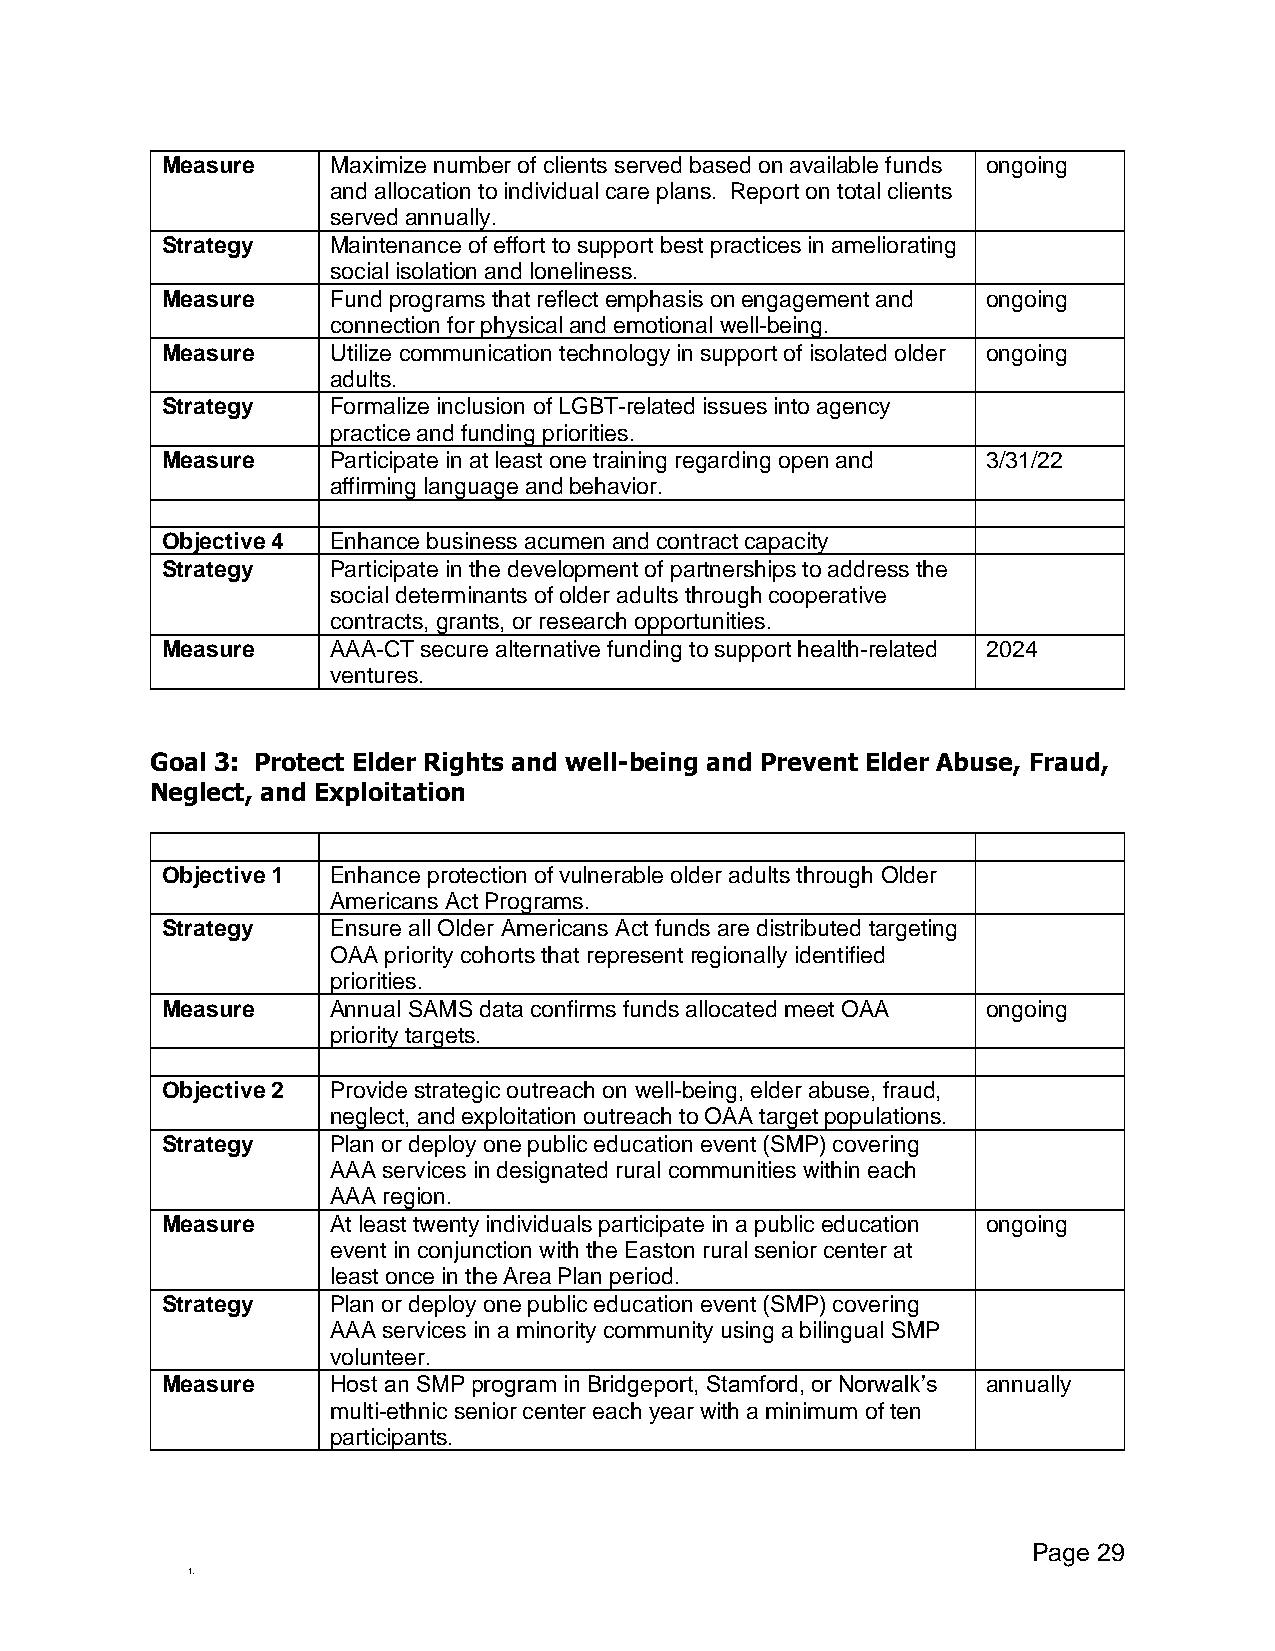
Measure    Maximize number of clients served based on available funds ongoing
 and allocation to individual care plans. Report on total clients
 served annually.
 Strategy   Maintenance of effort to support best practices in ameliorating
 social isolation and loneliness.
 Measure    Fund programs that reflect emphasis on engagement and ongoing
 connection for physical and emotional well-being.
 Measure    Utilize communication technology in support of isolated older ongoing
 adults.
 Strategy   Formalize inclusion of LGBT-related issues into agency
 practice and funding priorities.
 Measure    Participate in at least one training regarding open and 3/31/22
 affirming language and behavior.
 Objective 4 Enhance business acumen and contract capacity
 Strategy   Participate in the development of partnerships to address the
 social determinants of older adults through cooperative
 contracts, grants, or research opportunities.
 Measure    AAA-CT secure alternative funding to support health-related 2024
 ventures.
 Goal 3: Protect Elder Rights and well-being and Prevent Elder Abuse, Fraud,
 Neglect, and Exploitation
 Objective 1 Enhance protection of vulnerable older adults through Older
 Americans Act Programs.
 Strategy   Ensure all Older Americans Act funds are distributed targeting
 OAA priority cohorts that represent regionally identified
 priorities.
 Measure    Annual SAMS data confirms funds allocated meet OAA ongoing
 priority targets.
 Objective 2 Provide strategic outreach on well-being, elder abuse, fraud,
 neglect, and exploitation outreach to OAA target populations.
 Strategy   Plan or deploy one public education event (SMP) covering
 AAA services in designated rural communities within each
 AAA region.
 Measure    At least twenty individuals participate in a public education ongoing
 event in conjunction with the Easton rural senior center at
 least once in the Area Plan period.
 Strategy   Plan or deploy one public education event (SMP) covering
 AAA services in a minority community using a bilingual SMP
 volunteer.
 Measure    Host an SMP program in Bridgeport, Stamford, or Norwalk’s annually
 multi-ethnic senior center each year with a minimum of ten
 participants.
 Page 29
 1.